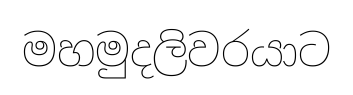
මහමුදලිවරයාට